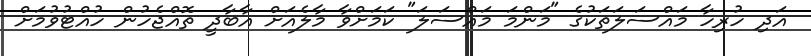
އަދި ހުރިހާ މައްސަލަތަކުގެ "މަންމަ މައްސަލަ" ކަމަށްވާ މާލެއަށް އާބާދީ ތޮއްޖެހުން ހުއްޓުވުމަށް